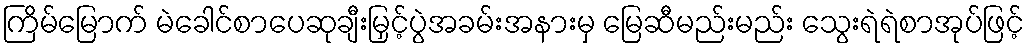
ကြိမ်မြောက် မဲခေါင်စာပေဆုချီးမြှင့်ပွဲအခမ်းအနားမှ မြေဆီမည်းမည်း သွေးရဲရဲစာအုပ်ဖြင့်